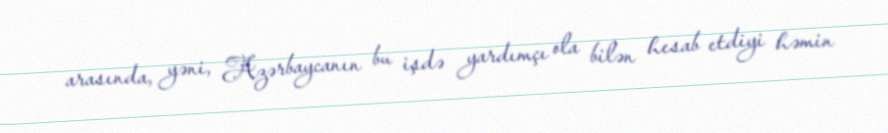
arasında, yəni, Azərbaycanın bu işdə yardımçı ola bilən hesab etdiyi həmin